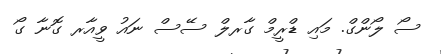
ސޯ ލޯންގް. މައި ޑްރީމް ގާރލް ސޭސް ނައު ވީއާރ ގޮނާ ގޯ